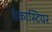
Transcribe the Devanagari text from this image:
डेकास्टियर